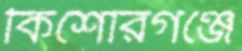
কিশোরগঞ্জে